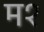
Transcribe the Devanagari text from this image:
म१